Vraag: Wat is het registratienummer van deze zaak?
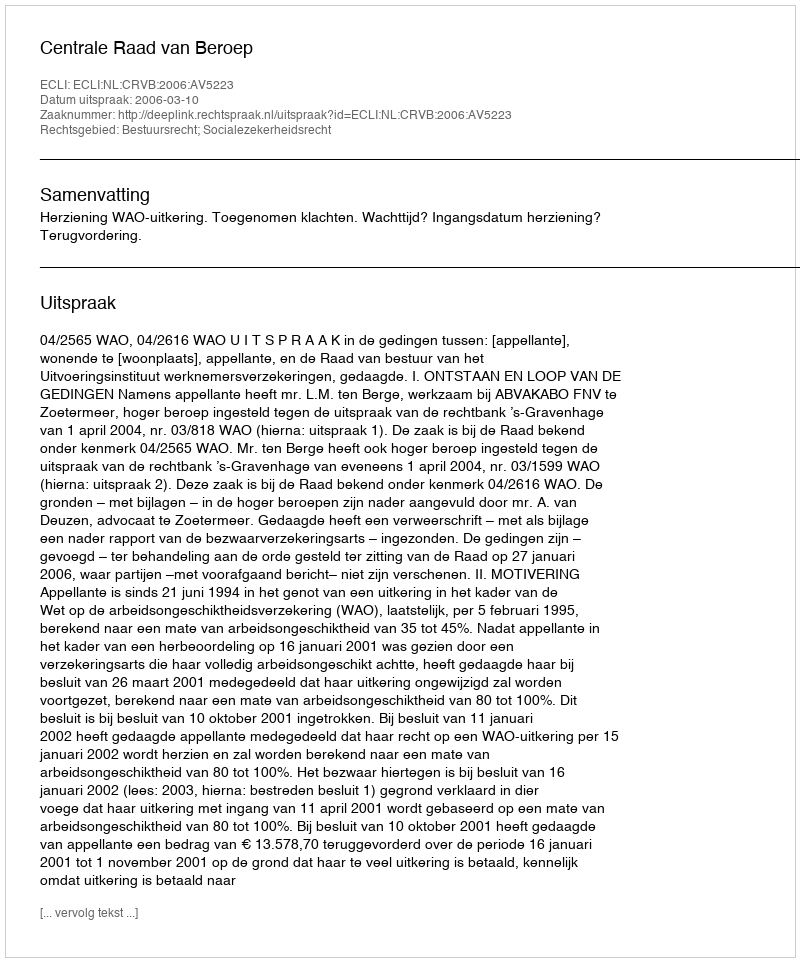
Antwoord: http://deeplink.rechtspraak.nl/uitspraak?id=ECLI:NL:CRVB:2006:AV5223